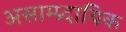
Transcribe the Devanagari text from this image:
असाम्प्र्दायिक